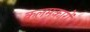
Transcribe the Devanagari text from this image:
कलमकारों